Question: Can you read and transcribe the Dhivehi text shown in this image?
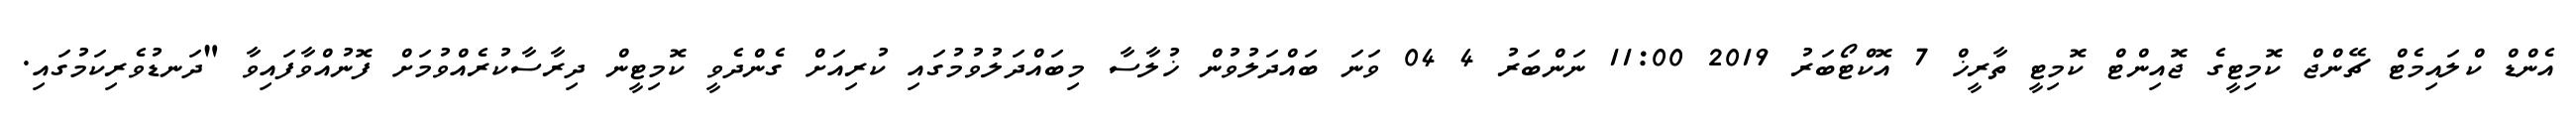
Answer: އެންޑް ކްލައިމެޓް ޗޭންޖް ކޮމިޓީގެ ޖޮއިންޓް ކޮމިޓީ ތާރީޚް 7 އޮކްޓޯބަރު 2019 11:00 ނަންބަރު 4 04 ވަނަ ބައްދަލުވުން ޚުލާސާ މިބައްދަލުވުމުގައި ކުރިއަށް ގެންދެވީ ކޮމިޓީން ދިރާސާކުރެއްވުމަށް ފޮނުއްވާފައިވާ "ދަނޑުވެރިކަމުގައި.